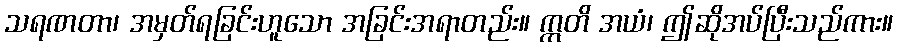
သရဏတာ၊ အမှတ်ရခြင်းဟူသော အခြင်းအရာတည်း။ ဣတိ အယံ၊ ဤဆိုအပ်ပြီးသည်ကား။